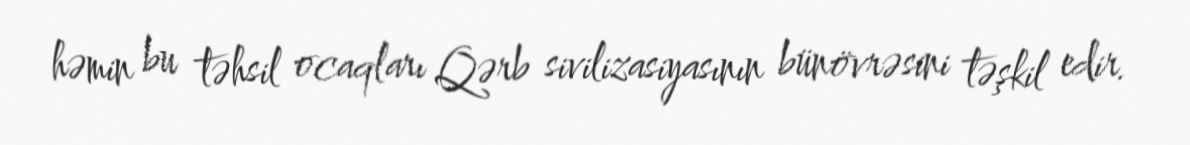
həmin bu təhsil ocaqları Qərb sivilizasiyasının bünövrəsini təşkil edir.